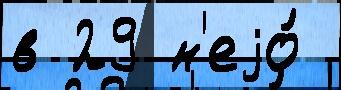
в 29 н'еjо́